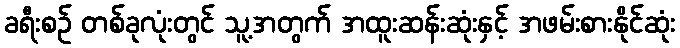
ခရီးစဉ် တစ်ခုလုံးတွင် သူ့အတွက် အထူးဆန်းဆုံးနှင့် အဖမ်းစားနိုင်ဆုံး